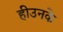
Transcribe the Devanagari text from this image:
हीउनके